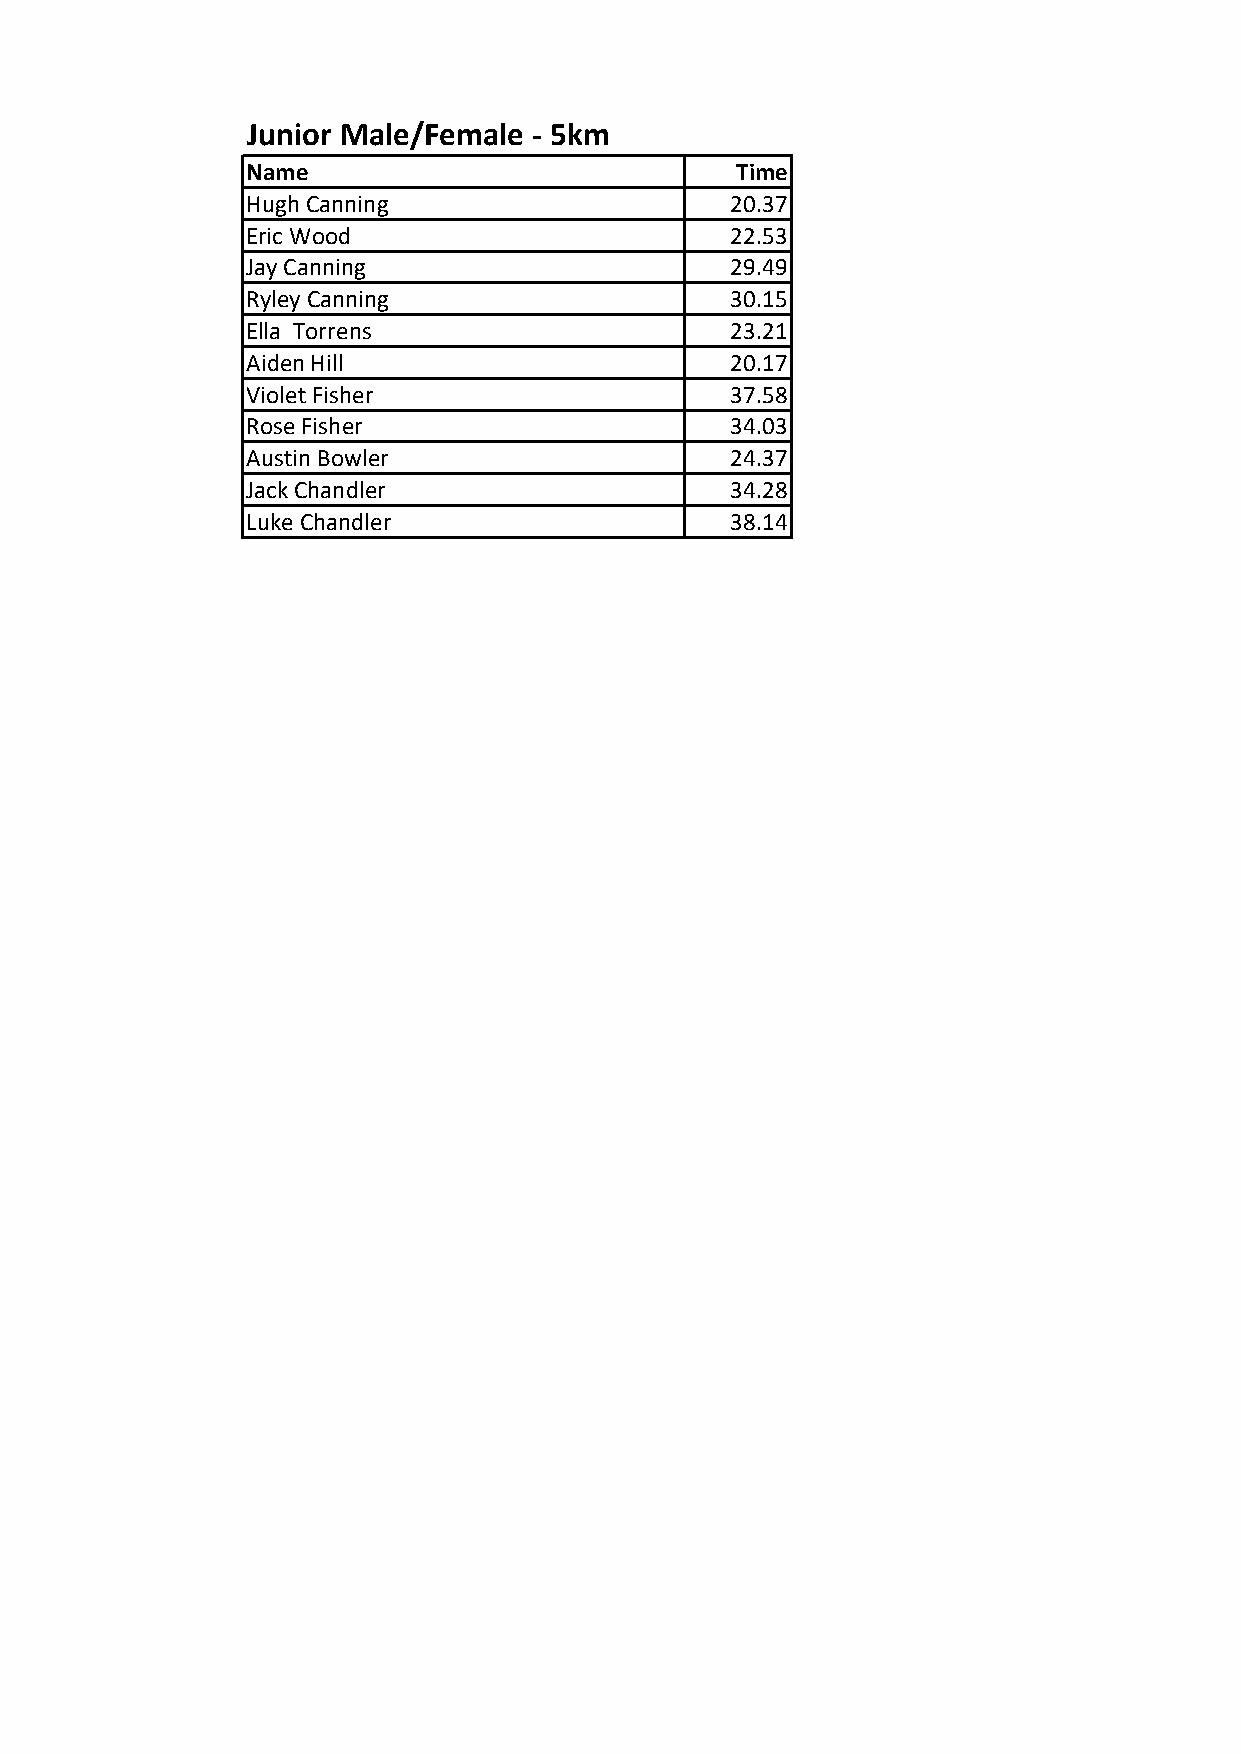
Junior Male/Female - 5km
 Name                             Time
 Hugh Canning                    20.37
 Eric Wood                       22.53
 Jay Canning                     29.49
 Ryley Canning                   30.15
 Ella Torrens                    23.21
 Aiden Hill                      20.17
 Violet Fisher                   37.58
 Rose Fisher                     34.03
 Austin Bowler                   24.37
 Jack Chandler                   34.28
 Luke Chandler                   38.14